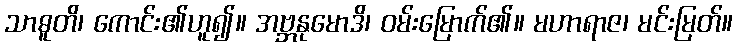
သာဓူတိ၊ ကောင်း၏ဟူ၍။ အဗ္ဘနုမောဒိ၊ ဝမ်းမြောက်၏။ မဟာရာဇ၊ မင်းမြတ်။